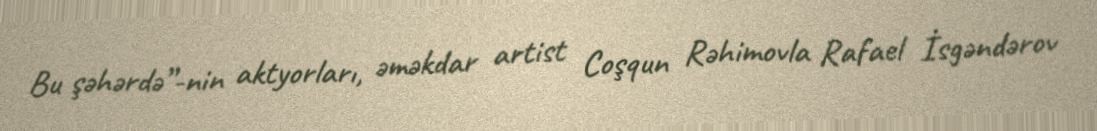
Bu şəhərdə”-nin aktyorları, əməkdar artist Coşqun Rəhimovla Rafael İsgəndərov